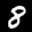
Label: 8